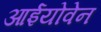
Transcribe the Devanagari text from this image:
आईयोवेन